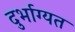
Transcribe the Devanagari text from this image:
दुर्भाग्यत